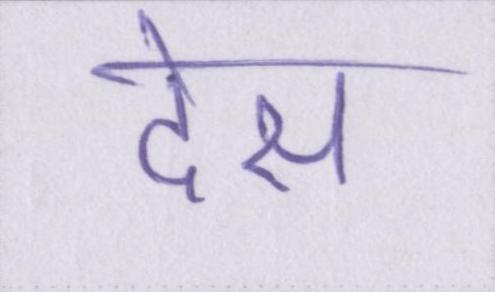
देस